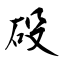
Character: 砓